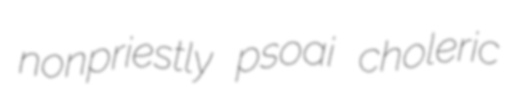
nonpriestly psoai choleric